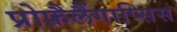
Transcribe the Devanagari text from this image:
प्रोफ़ैलैंगाप्सिस